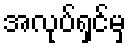
အလုပ်ရှင်မှ